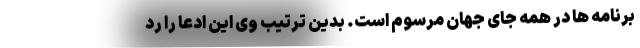
برنامه ها در همه جای جهان مرسوم است. بدین ترتیب وی این ادعا را رد